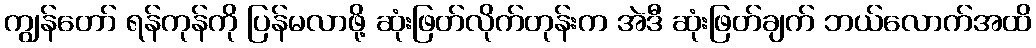
ကျွန်တော် ရန်ကုန်ကို ပြန်မလာဖို့ ဆုံးဖြတ်လိုက်တုန်းက အဲဒီ ဆုံးဖြတ်ချက် ဘယ်လောက်အထိ